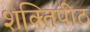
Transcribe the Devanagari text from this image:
शक्‍तिपीठ